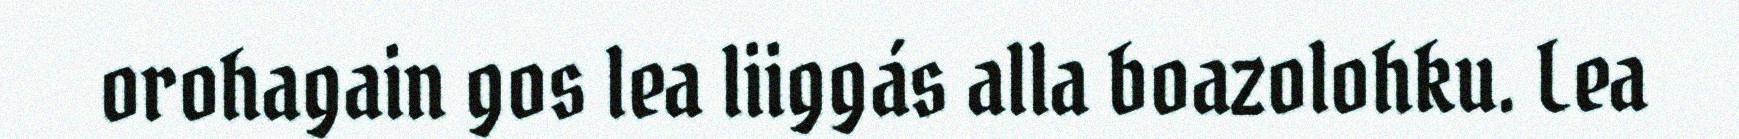
orohagain gos lea liiggás alla boazolohku. Lea